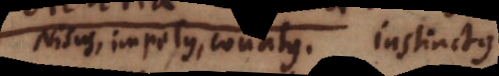
Nisus, impetus, conatus. instinctus.